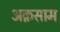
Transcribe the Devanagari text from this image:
अक़साम